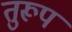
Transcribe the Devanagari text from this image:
तुरूप